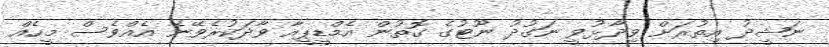
ނަޝީދު އިތުރަށް ވިދާޅުވީ ނަގުދު ނޫޓުގެ ގޮތުން އެމްޑީޕީއާ ވާދަކުރެވޭނެ އެއްވެސް މީހެއް